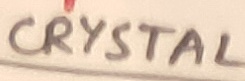
Text: CRYSTAL